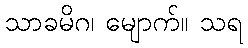
သာခမိဂ၊ မျောက်။ သရ